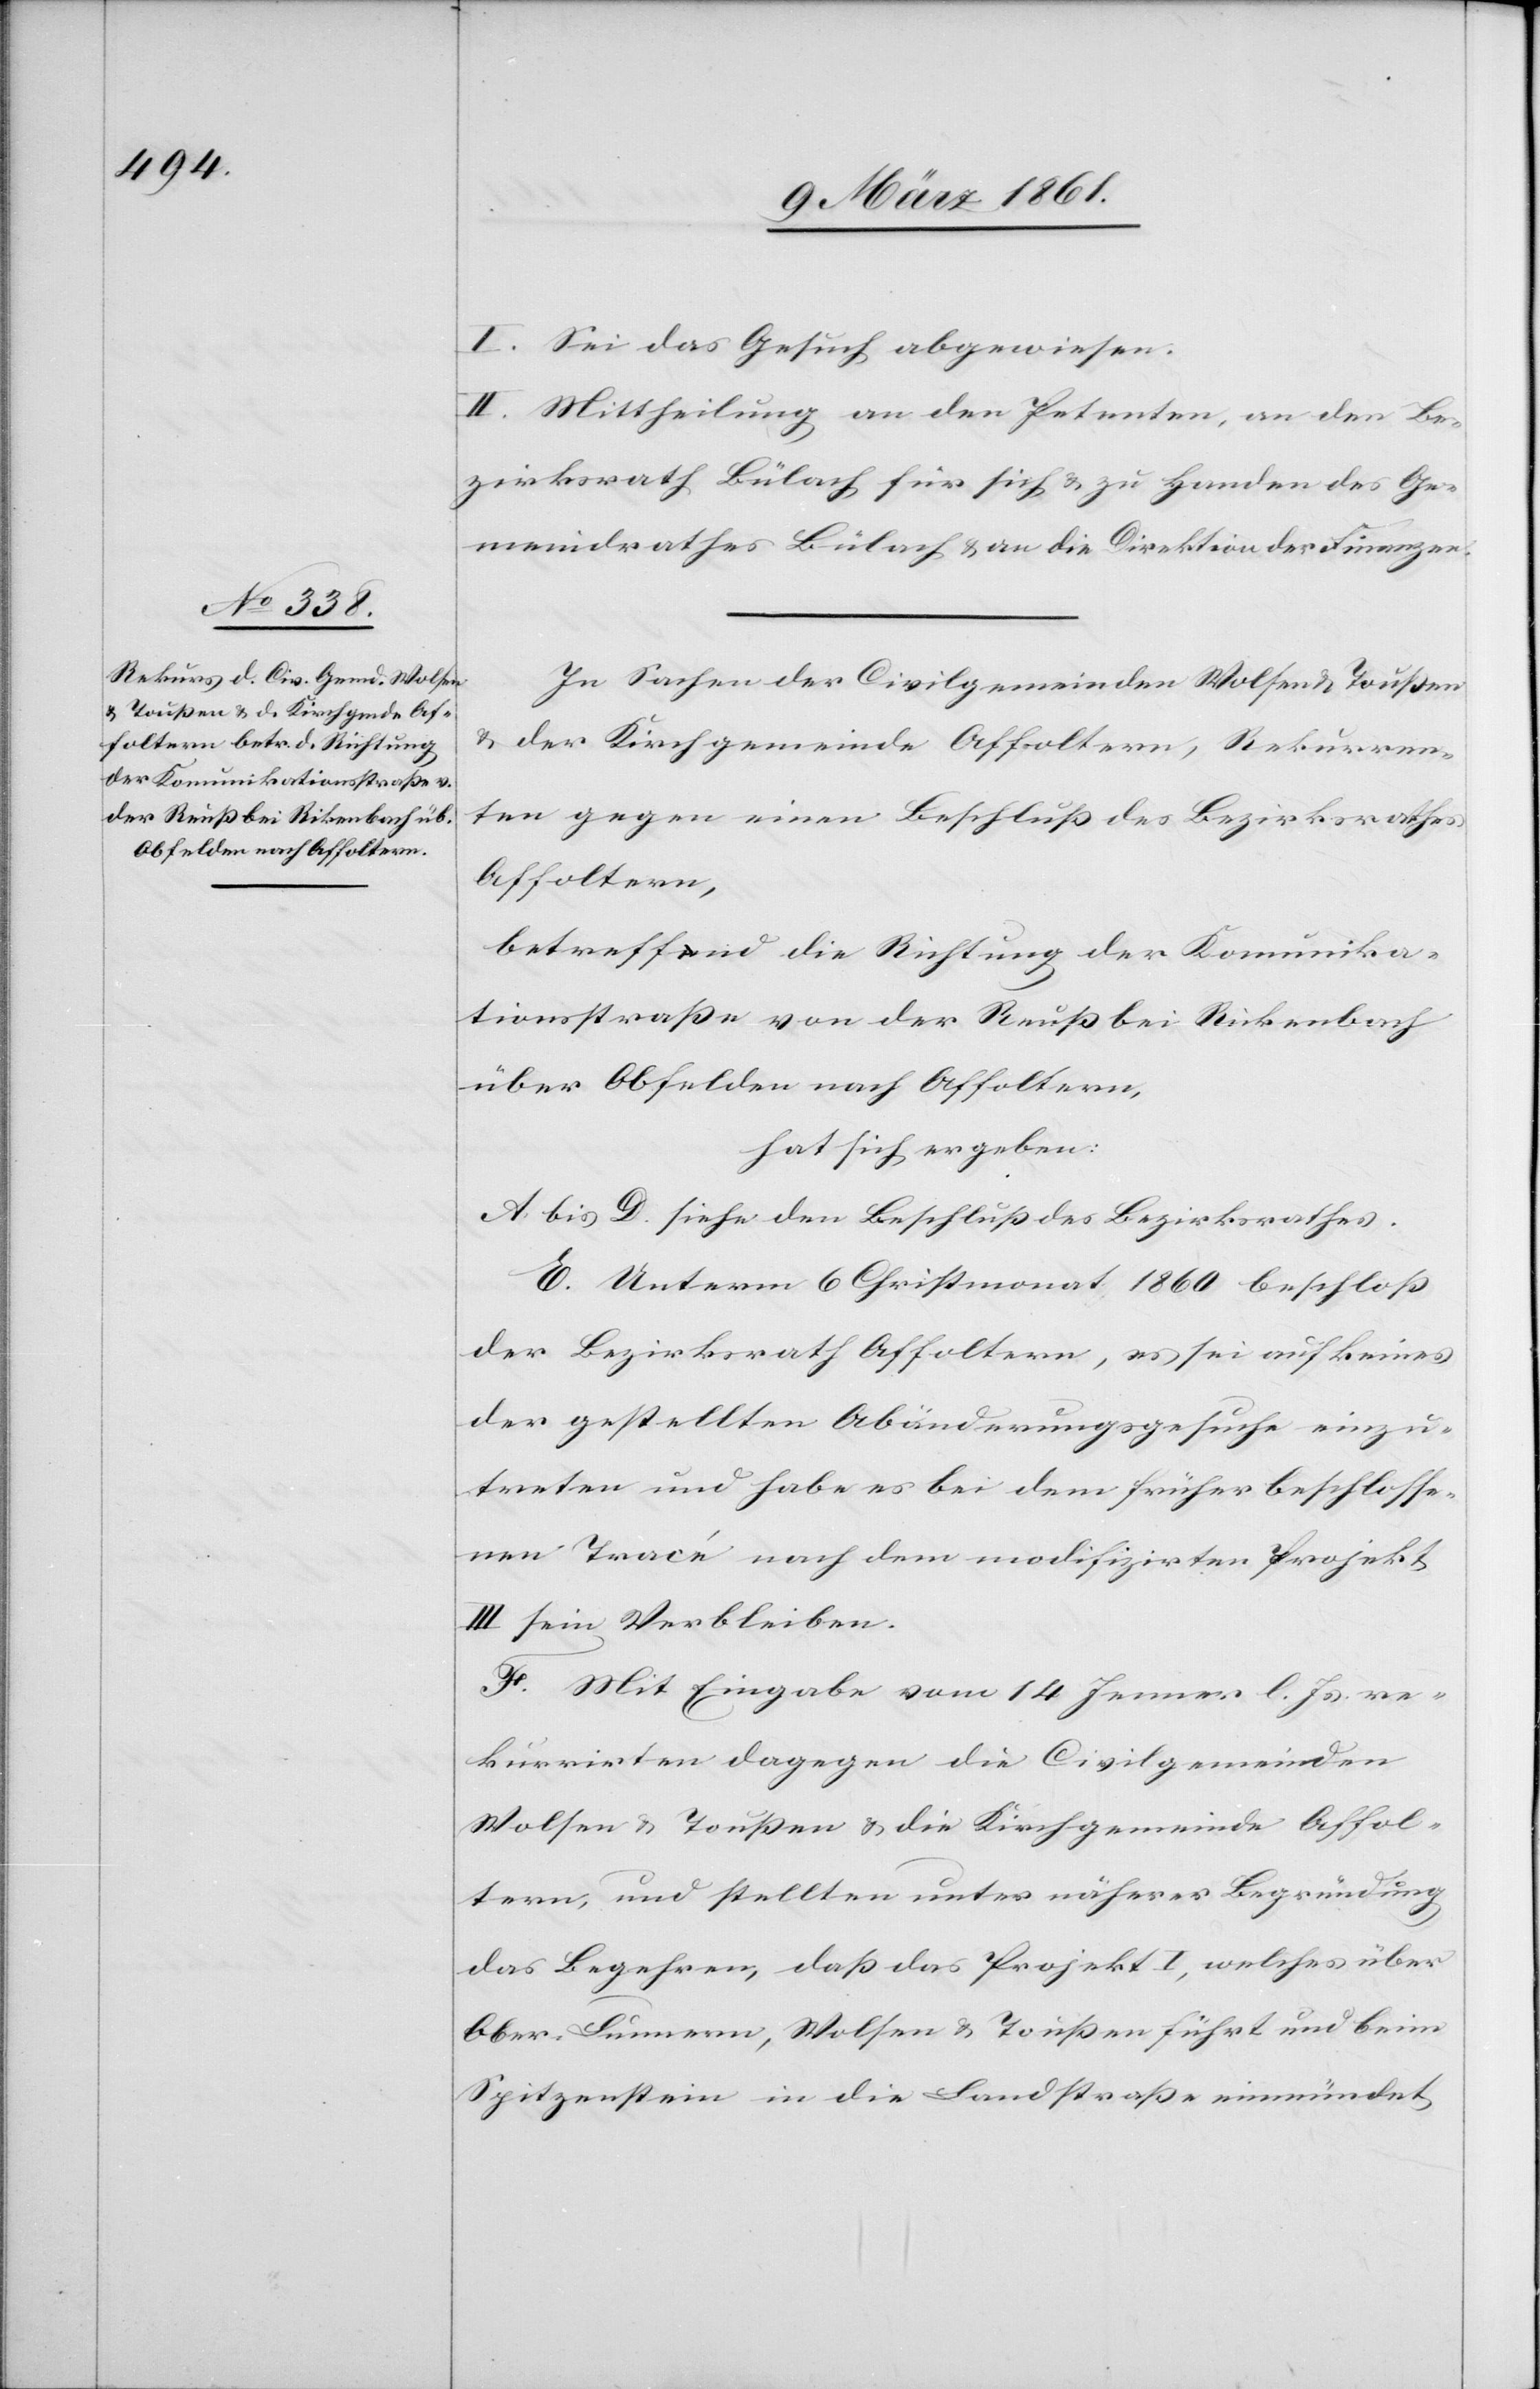
I. Sei das Gesuch abgewiesen.
II. Mittheilung an den Petenten, an den Be¬
zirksrath Bülach für sich u. zu Handen des Ge¬
meindrathes Bülach u. an die Direktion der Finanzen.
In Sachen der Civilgemeinden Wolfen u. Toussen
u. der Kirchgemeinde Affoltern, Rekurren¬
ten gegen einen Beschluss des Bezirksrathes
Affoltern,
betreffend die Richtung der Kommunika¬
tionsstrasse von der Reuss bei Rikenbach
über Obfelden nach Affoltern,
hat sich ergeben:
A. bis D. siehe den Beschluss des Bezirksrathes.
E. Unterm 6. Christmonat 1860 beschloss
der Bezirksrath Affoltern, es sei auf keines
der gestellten Abänderungsgesuche einzu¬
treten und habe es bei dem früher beschlosse¬
nen Tracé nach dem modifizirten Projekt
III sein Verbleiben.
F. Mit Eingabe vom 14. Jenner l. Js. re¬
kurrirten dagegen die Civilgemeinden
Wolfen u. Toussen u. die Kirchgemeinde Affol¬
tern, und stellten unter näherer Begründung
das Begehren, das das Projekt I, welches über
Ober-Lunnern, Wolfen u. Toussen führt und beim
Spitzenstein in die Landstrasse einmündet,